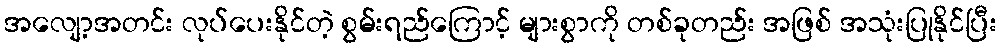
အလျော့အတင်း လုပ်ပေးနိုင်တဲ့ စွမ်းရည်ကြောင့် များစွာကို တစ်ခုတည်း အဖြစ် အသုံးပြုနိုင်ပြီး